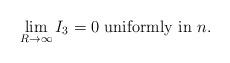
LaTeX: \begin{align*}\lim_{R\to\infty}I_3=0\mbox{ uniformly in }n.\end{align*}